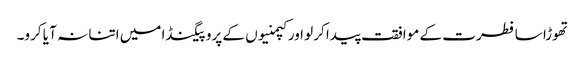
تھوڑا سا فطرت کے موافقت پیدا کرلو اور کپمنیوں کے پروپیگنڈا میں اتنا نہ آ یا کرو۔